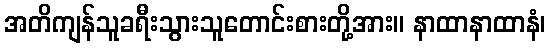
အတိကျန်သူခရီးသွားသူတောင်းစားတို့အား။ နာထာနာထာနံ၊